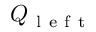
Q _ { \mathrm { ~ l ~ e ~ f ~ t ~ } }